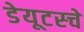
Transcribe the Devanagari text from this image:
डेयूटस्चे